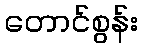
တောင်စွန်း